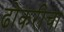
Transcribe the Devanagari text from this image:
ढोकरीचा